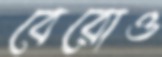
বেরোও